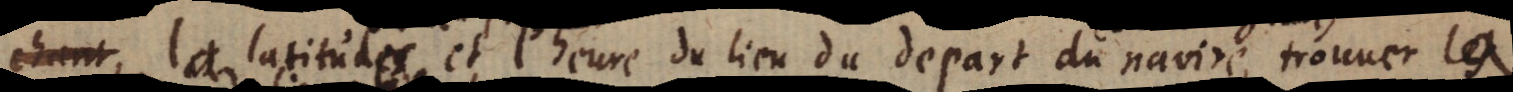
chant les latitudes et l’heure du lieu du départ du navire, trouuer les